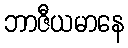
ဘာဇီယမာနေ